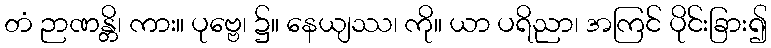
တံ ဉာဏန္တိ၊ ကား။ ပုဗ္ဗေ၊ ၌။ နေယျဿ၊ ကို။ ယာ ပရိညာ၊ အကြင် ပိုင်းခြား၍